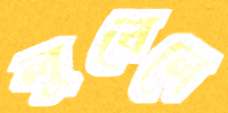
লুখেলে